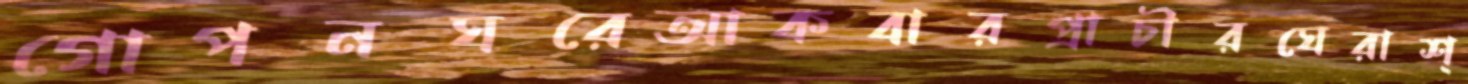
গোপনঘরেআকবারপ্রাচীরঘেরাশ্